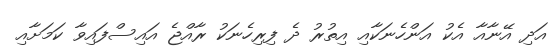
އަދި އޭނާއާ އެކު އަންހެނަކާއި އިތުރު ދެ ފިރިހެނަކު ރާއްޖެ އައިސްފައިވާ ކަމަށާއި